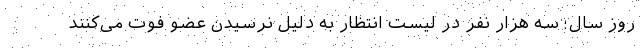
روز سال؛ سه هزار نفر در لیست انتظار به دلیل نرسیدن عضو فوت می‌کنند